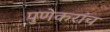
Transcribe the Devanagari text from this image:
पुणेकरांच